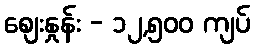
စျေးနှုန်း - ၁၂,၅၀၀ ကျပ်